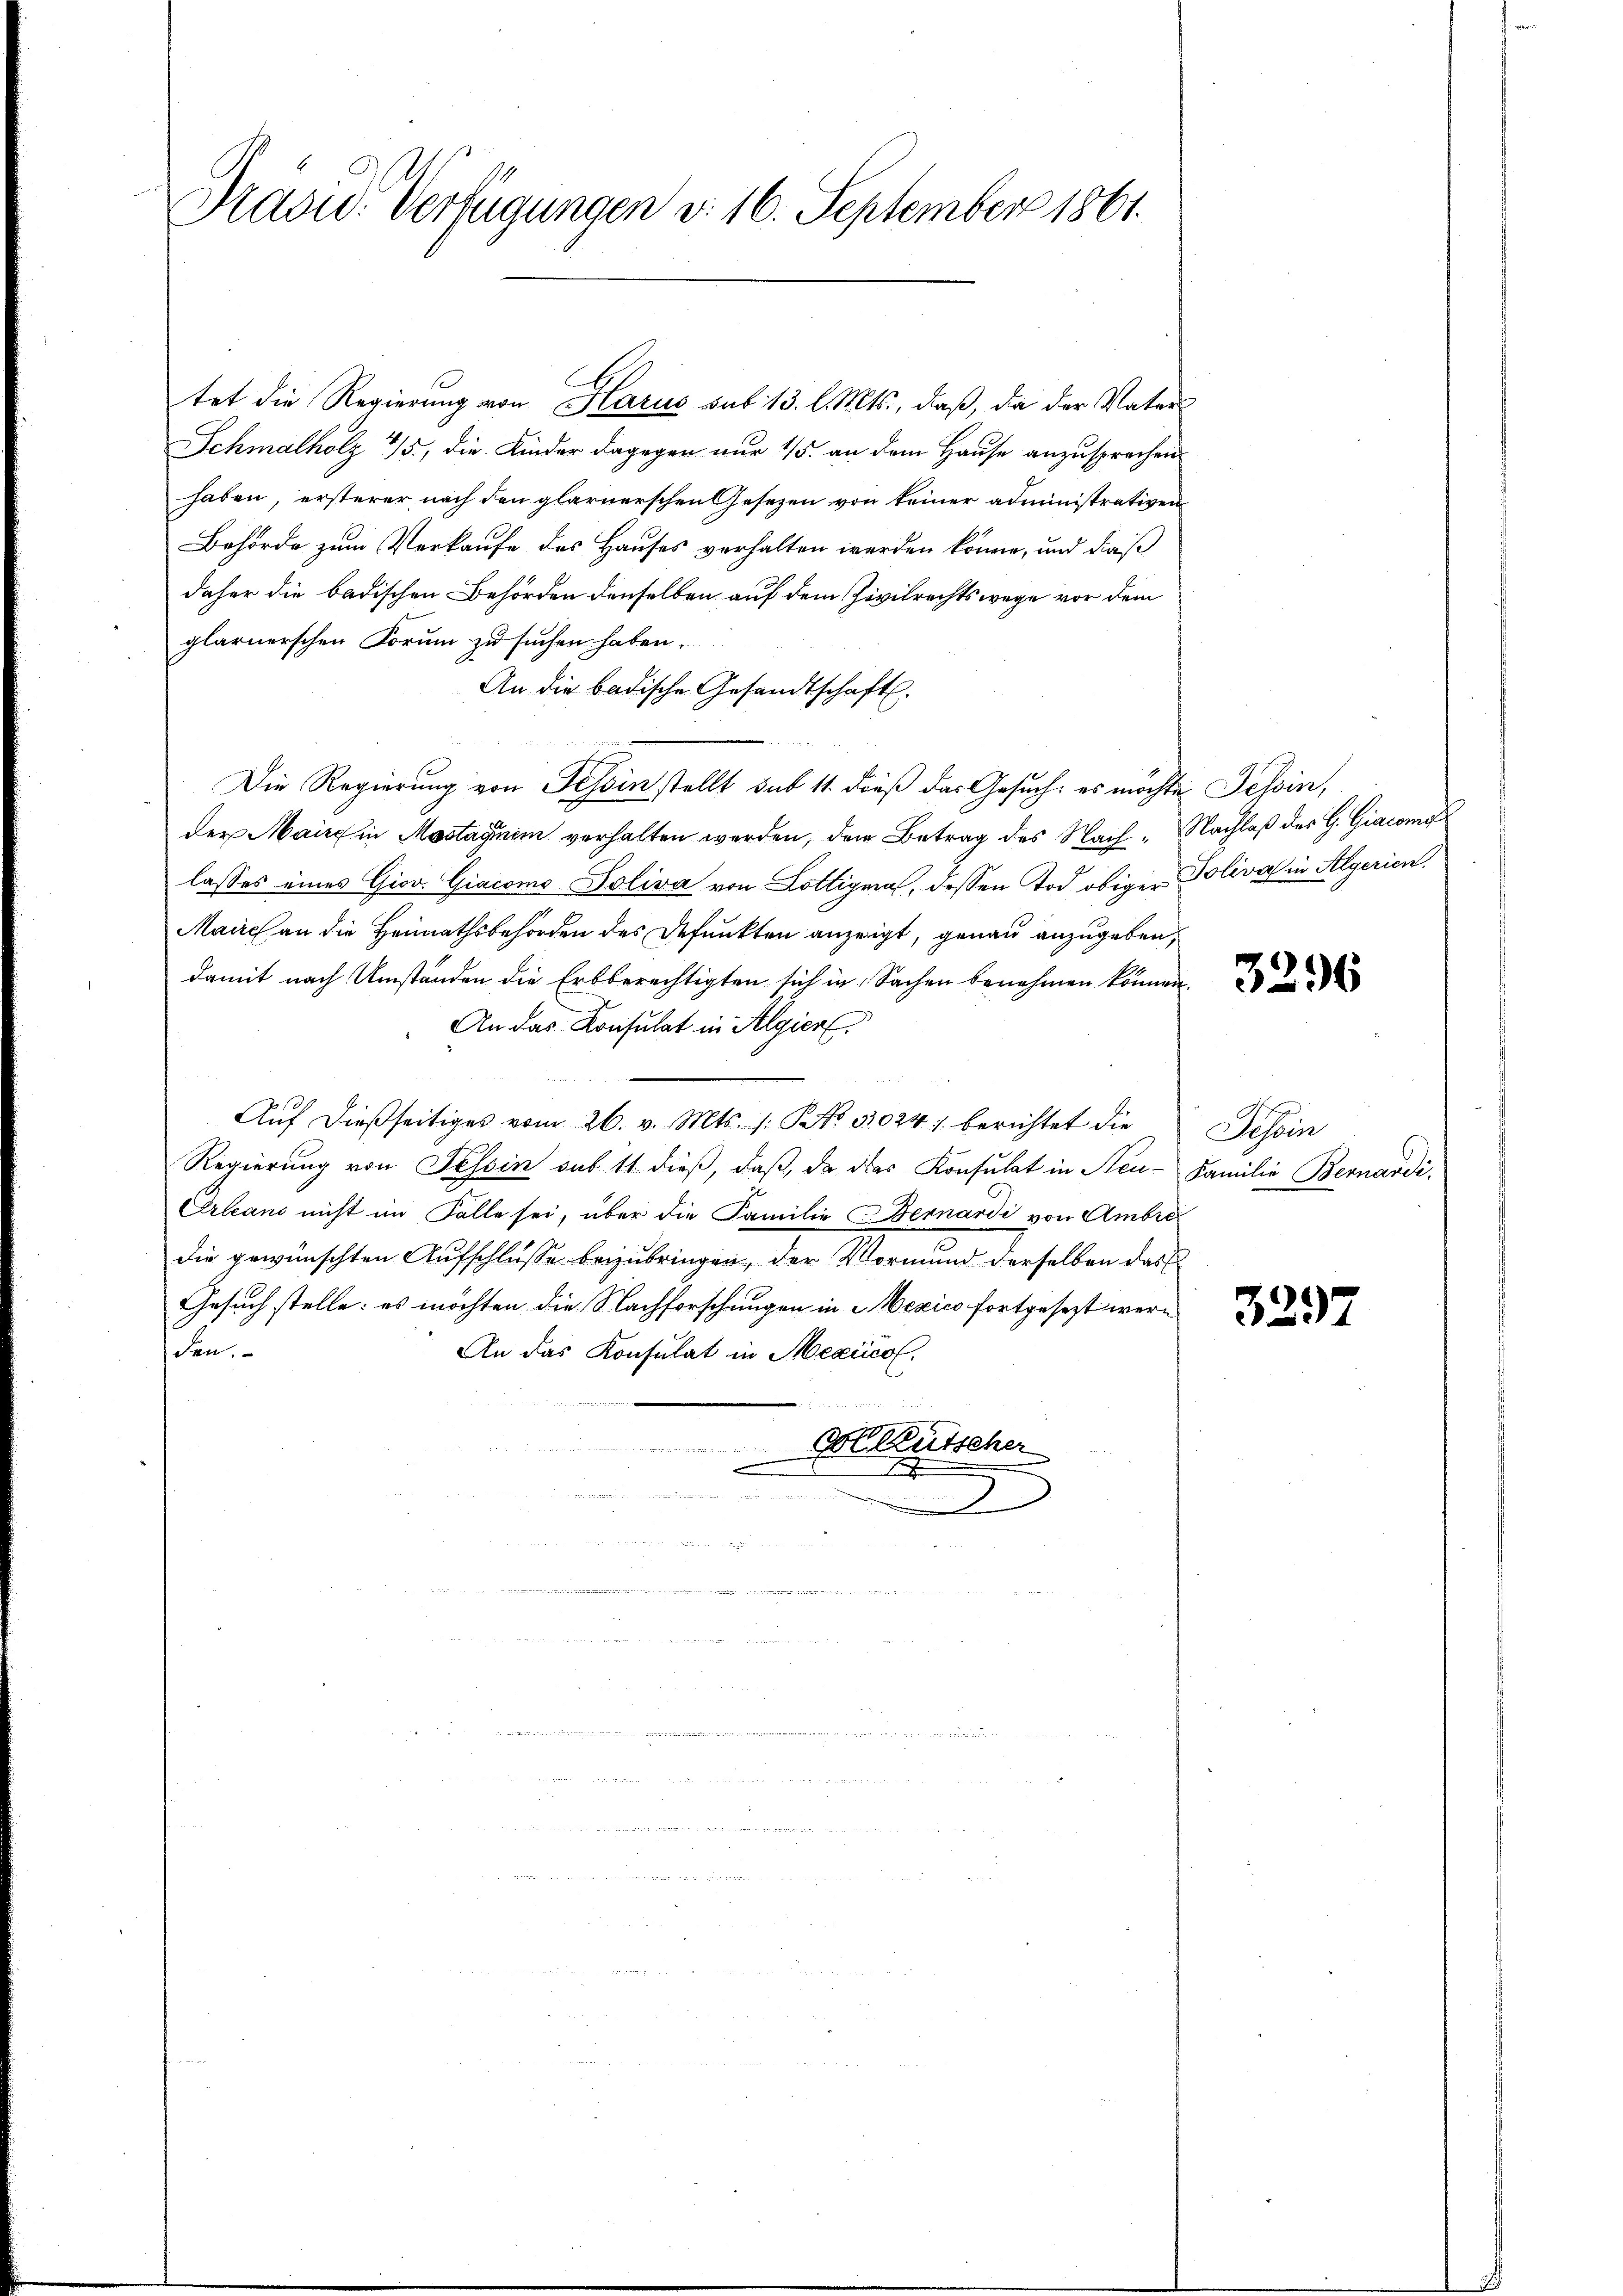
Ridsic: Verfügungen d. 16. September 1861.

Schmalholz 4/5., die Kinder dagegen nur 4/5. an dem Hause anzusprechen
haben, ersterer nach den glarnerschen Gesetzen von keiner administrativen
Behörde zum Verkaufe des Hauses verhalten werden könne, und dieß
daher die badischen Behörden denselben auf dem Zivilrechtswege vor dem
glarnerschen Forum zu suchen haben.
An die badische Gesandtschaft.
Die Regierung von Tessin stellt sub 11. dieß das Gesuch, es möchte Tessin,
der Maire in Mastagnim verhalten werden, dem Betrag des Nach- Nachlaß des G. Giacomo
lasses eines Giov. Giacomo Poliva von Lottigmal, dessen Tod obiger Poliva in Algerien,
Maire an die Heimathsbehörden des Befunkten anzeigt, genau anzugeben,
damit nach Umständen die Erbberechtigten sich in Sachen benehmen können.
An das Konsulat in Algier
Auf dießseitiges vom 26. v. Mts. /: No 11024 / berichtet die
Regierung von Tessin sub 11 dieß, daß, da des Konsulat in Steu- Familie Bernardi,
Erleand nicht im Falle sei, über die Familie Bernardi von Ambro
die gewünschten Aufschlüsse beizubringen, der Vormund derselben das
Gesuch stelle: es möchten, die Nachforschungen in Mexico fortgesezt werden.
An das Konsulat in Mexico.

dor Mutscher
e
.

x

tet die Regierung von Harus sub 13. l. Mts., daß, da der Vater

3296

Tessin

3297